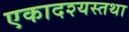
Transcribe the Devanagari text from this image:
एकादश्यस्तथा